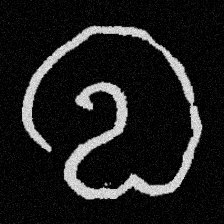
Pyu character \u2014 Myanmar letter: လ (romanized: la)